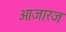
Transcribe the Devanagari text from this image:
आजारज